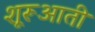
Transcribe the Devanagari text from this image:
शूरूआती